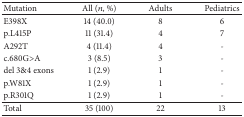
<table><thead><tr><td><b>Mutation</b></td><td><b>All (<i>n</i>, %)</b></td><td><b>Adults</b></td><td><b>Pediatrics</b></td></tr></thead><tbody><tr><td>E398X</td><td>14 (40.0)</td><td>8</td><td>6</td></tr><tr><td>p.L415P</td><td>11 (31.4)</td><td>4</td><td>7</td></tr><tr><td>A292T</td><td>4 (11.4)</td><td>4</td><td>-</td></tr><tr><td>c.680G&gt;A</td><td>3 (8.5)</td><td>3</td><td>-</td></tr><tr><td>del 3&amp;4 exons</td><td>1 (2.9)</td><td>1</td><td>-</td></tr><tr><td>p.W81X</td><td>1 (2.9)</td><td>1</td><td>-</td></tr><tr><td>p.R301Q</td><td>1 (2.9)</td><td>1</td><td>-</td></tr><tr><td>Total</td><td>35 (100)</td><td>22</td><td>13</td></tr></tbody></table>